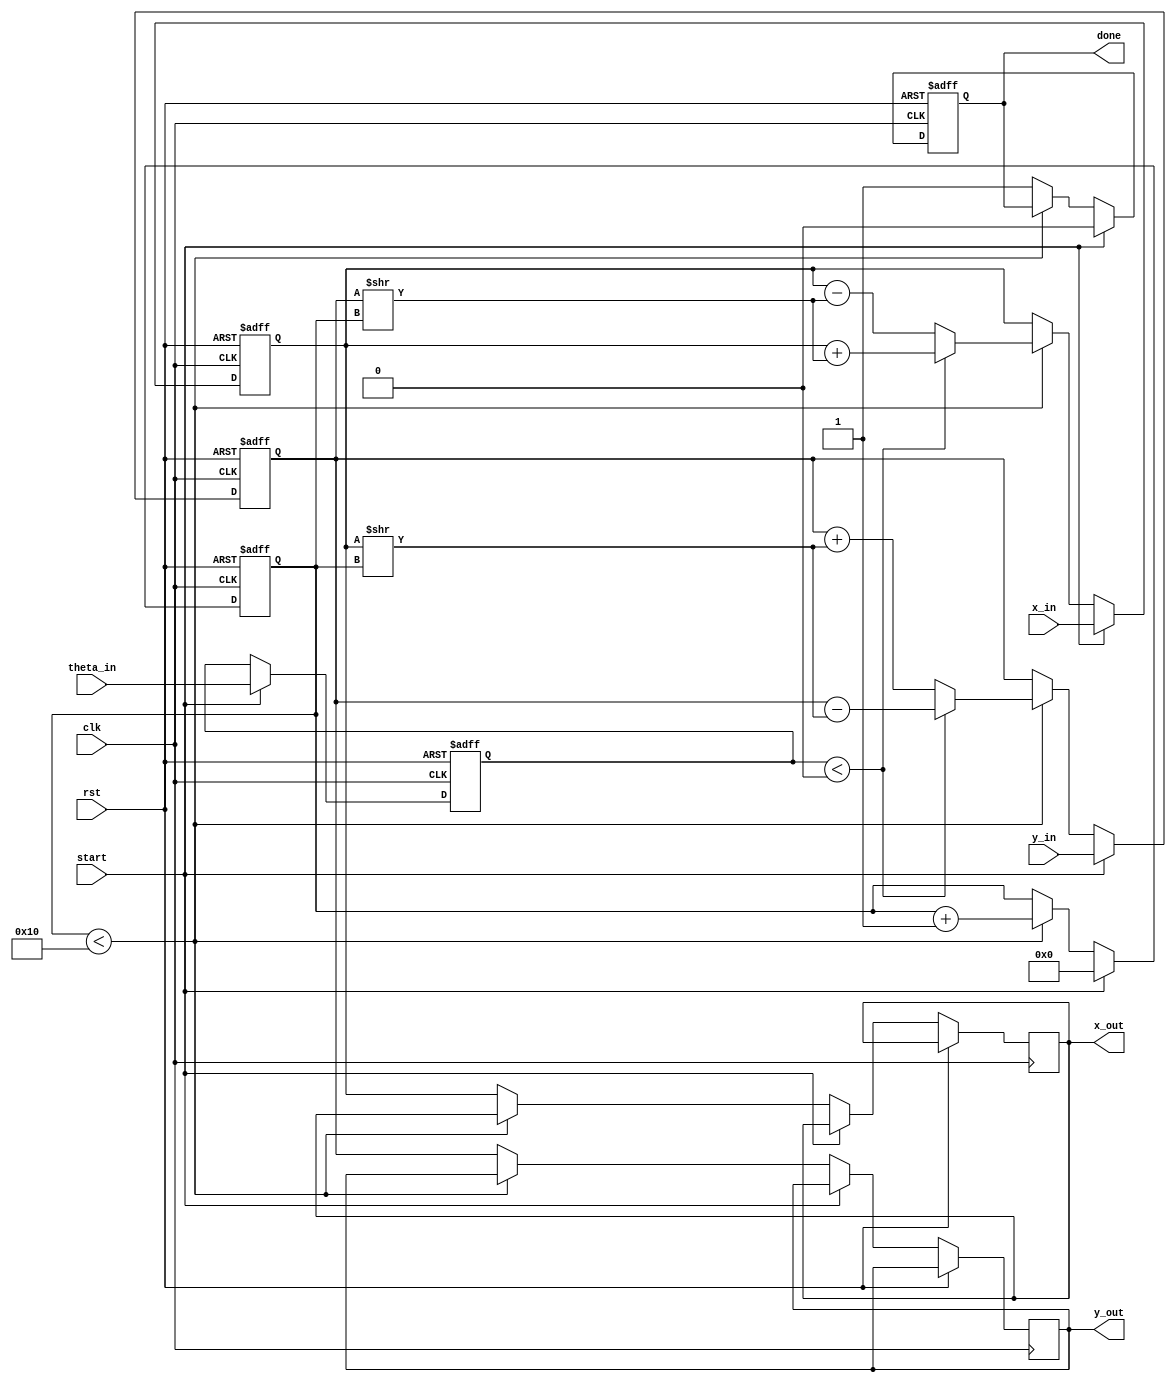
module cordic_floating_point #(
    parameter DATA_WIDTH = 32, // Define the width for IEEE 754 single precision
    parameter ITERATIONS = 16 // Number of iterations
)(
    input wire clk,
    input wire rst,
    input wire start,
    input wire [DATA_WIDTH-1:0] x_in, // Input X in floating point
    input wire [DATA_WIDTH-1:0] y_in, // Input Y in floating point
    input wire [DATA_WIDTH-1:0] theta_in, // Input angle  in floating point
    output reg [DATA_WIDTH-1:0] x_out, // Output X in floating point
    output reg [DATA_WIDTH-1:0] y_out, // Output Y in floating point
    output reg done // Indicates completion of CORDIC operation
);

    // Internal signals
    reg [DATA_WIDTH-1:0] x_fixed, y_fixed; // Fixed-point representations
    reg [DATA_WIDTH-1:0] theta_fixed; // Fixed-point angle
    reg [15:0] angle_table [0:ITERATIONS-1]; // Angle lookup table
    reg [7:0] iteration_count; // Iteration counter
    reg [DATA_WIDTH-1:0] z; // Temporary variable for 
    
    // Initialize angle table (atan(2^-i))
    initial begin
        // Populate angle_table with fixed-point representation of atan(2^-i)
        // This should be pre-computed and stored in a format that matches your fixed-point representation
        angle_table[0] = 32'h20000000; // atan(1) = 45 degrees in radians
        angle_table[1] = 32'h1c71c71c; // atan(1/2)
        // Continue filling in the angle table...
    end

    // State machine for CORDIC processing
    always @(posedge clk or posedge rst) begin
        if (rst) begin
            x_fixed <= 0;
            y_fixed <= 0;
            theta_fixed <= 0;
            iteration_count <= 0;
            done <= 0;
        end else if (start) begin
            // Normalize inputs to fixed-point representation
            x_fixed <= x_in; // Convert to fixed-point
            y_fixed <= y_in; // Convert to fixed-point
            theta_fixed <= theta_in; // Convert angle
            iteration_count <= 0;
            done <= 0;
        end else if (iteration_count < ITERATIONS) begin
            // CORDIC rotation logic
            if (theta_fixed < 0) begin
                // Rotate clockwise
                x_fixed <= x_fixed + (y_fixed >> iteration_count);
                y_fixed <= y_fixed - (x_fixed >> iteration_count);
                z <= z + angle_table[iteration_count];
            end else begin
                // Rotate counter-clockwise
                x_fixed <= x_fixed - (y_fixed >> iteration_count);
                y_fixed <= y_fixed + (x_fixed >> iteration_count);
                z <= z - angle_table[iteration_count];
            end
            iteration_count <= iteration_count + 1;
        end else begin
            // Scaling the output by the CORDIC gain (K)
            // Apply the scaling factor here if needed
            x_out <= x_fixed; // Convert back to floating-point
            y_out <= y_fixed; // Convert back to floating-point
            done <= 1; // Operation complete
        end
    end

endmodule